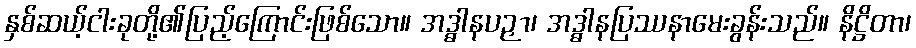
နှစ်ဆယ့်ငါးခုတို့၏ပြည့်ကြောင်းဖြစ်သော။ အဒ္ဓါနပဉှာ၊ အဒ္ဓါနပြဿနာမေးခွန်းသည်။ နိဋ္ဌိတာ၊